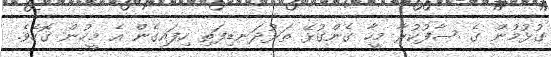
ގުޅުމުން ގެ ސާފުކުރާ މީހާ ގެންގުޅޭ ތަޅުދަނޑިފަތި ހިފައިގެން އެ މީހުން ގޮހެވެ.